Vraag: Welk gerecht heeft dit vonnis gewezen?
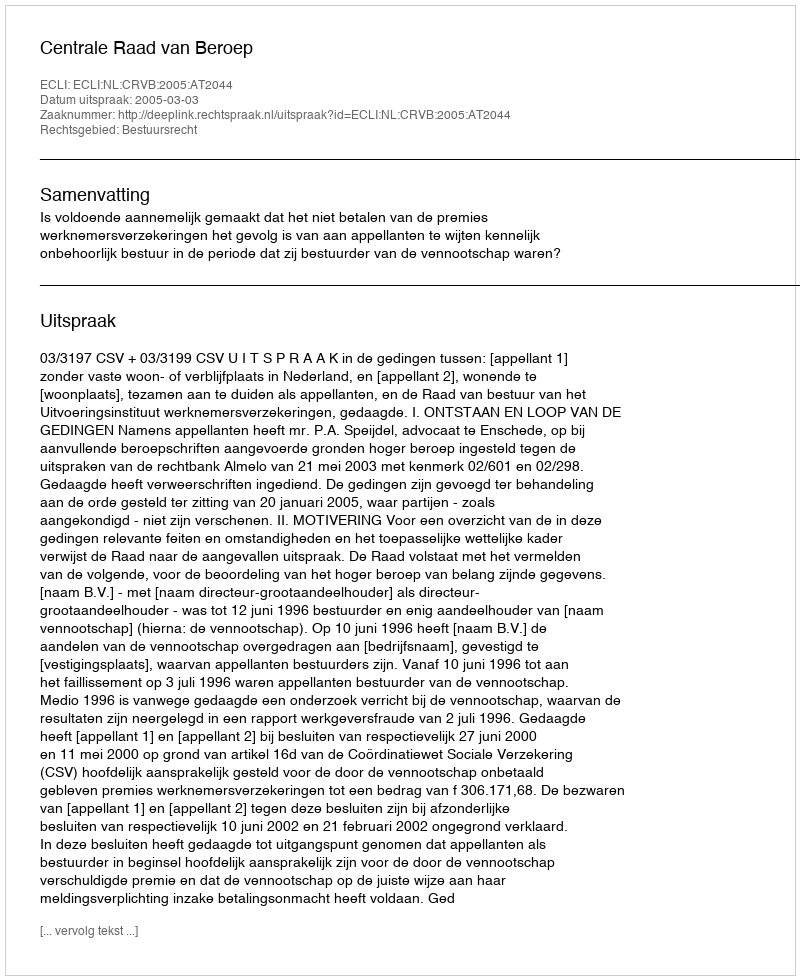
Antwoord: Centrale Raad van Beroep